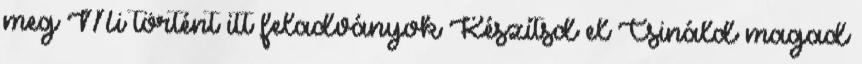
meg Mi történt itt feladványok Készítsd el Csináld magad